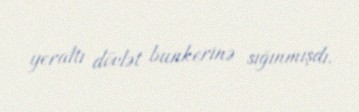
yeraltı dövlət bunkerinə sığınmışdı.